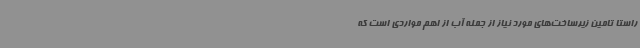
راستا تامین زیرساخت‌های مورد نیاز از جمله آب از اهم مواردی است که